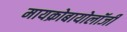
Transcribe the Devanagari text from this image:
मायक्रोबायोलॉजी